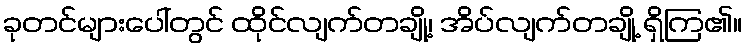
ခုတင်များပေါ်တွင် ထိုင်လျက်တချို့၊ အိပ်လျက်တချို့ ရှိကြ၏။